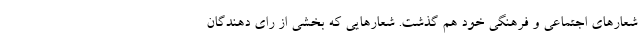
شعارهای اجتماعی و فرهنگی خود هم گذشت. شعارهایی که بخشی از رای دهندگان